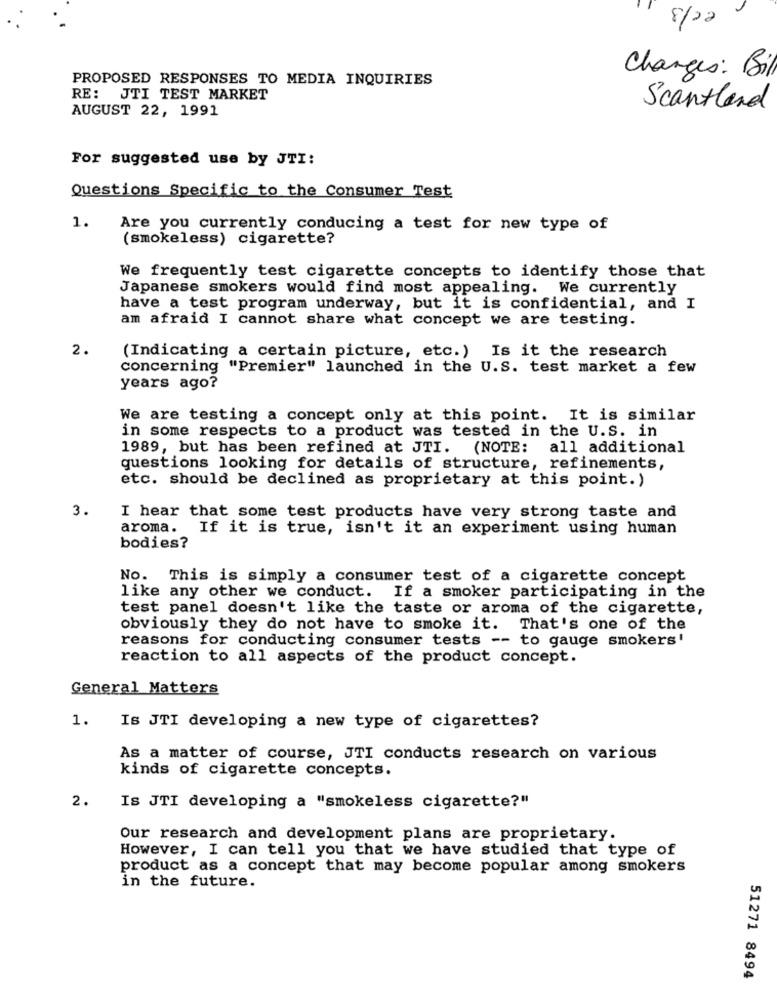
8/22
PROPOSED RESPONSES TO MEDIA INQUIRIES
Changes: Bil
RE: JTI TEST MARKET
AUGUST 22, 1991
Scantland
For suggested use by JTI:
Questions Specific to the Consumer Test
1.
Are you currently conducing a test for new type of
(smokeless) cigarette?
We frequently test cigarette concepts to identify those that
Japanese smokers would find most appealing. We currently
have a test program underway, but it is confidential, and I
am afraid I cannot share what concept we are testing.
2.
(Indicating a certain picture, etc.) Is it the research
concerning "Premier" launched in the U.S. test market a few
years ago?
We are testing a concept only at this point. It is similar
in some respects to a product was tested in the U.S. in
1989, but has been refined at JTI. (NOTE: all additional
questions looking for details of structure, refinements,
etc. should be declined as proprietary at this point.)
3.
I hear that some test products have very strong taste and
aroma. If it is true, isn't it an experiment using human
bodies?
No. This is simply a consumer test of a cigarette concept
like any other we conduct. If a smoker participating in the
test panel doesn't like the taste or aroma of the cigarette,
obviously they do not have to smoke it. That's one of the
reasons for conducting consumer tests -- to gauge smokers'
reaction to all aspects of the product concept.
General Matters
1.
Is JTI developing a new type of cigarettes?
As a matter of course, JTI conducts research on various
kinds of cigarette concepts.
2.
Is JTI developing a "smokeless cigarette?"
Our research and development plans are proprietary.
However, I can tell you that we have studied that type of
product as a concept that may become popular among smokers
in the future.
51271 8494